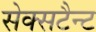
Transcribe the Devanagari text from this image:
सेक्सटैन्ट